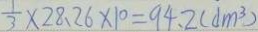
\frac { 1 } { 3 } \times 2 8 . 2 6 \times 1 0 = 9 4 . 2 ( d m ^ { 3 } )